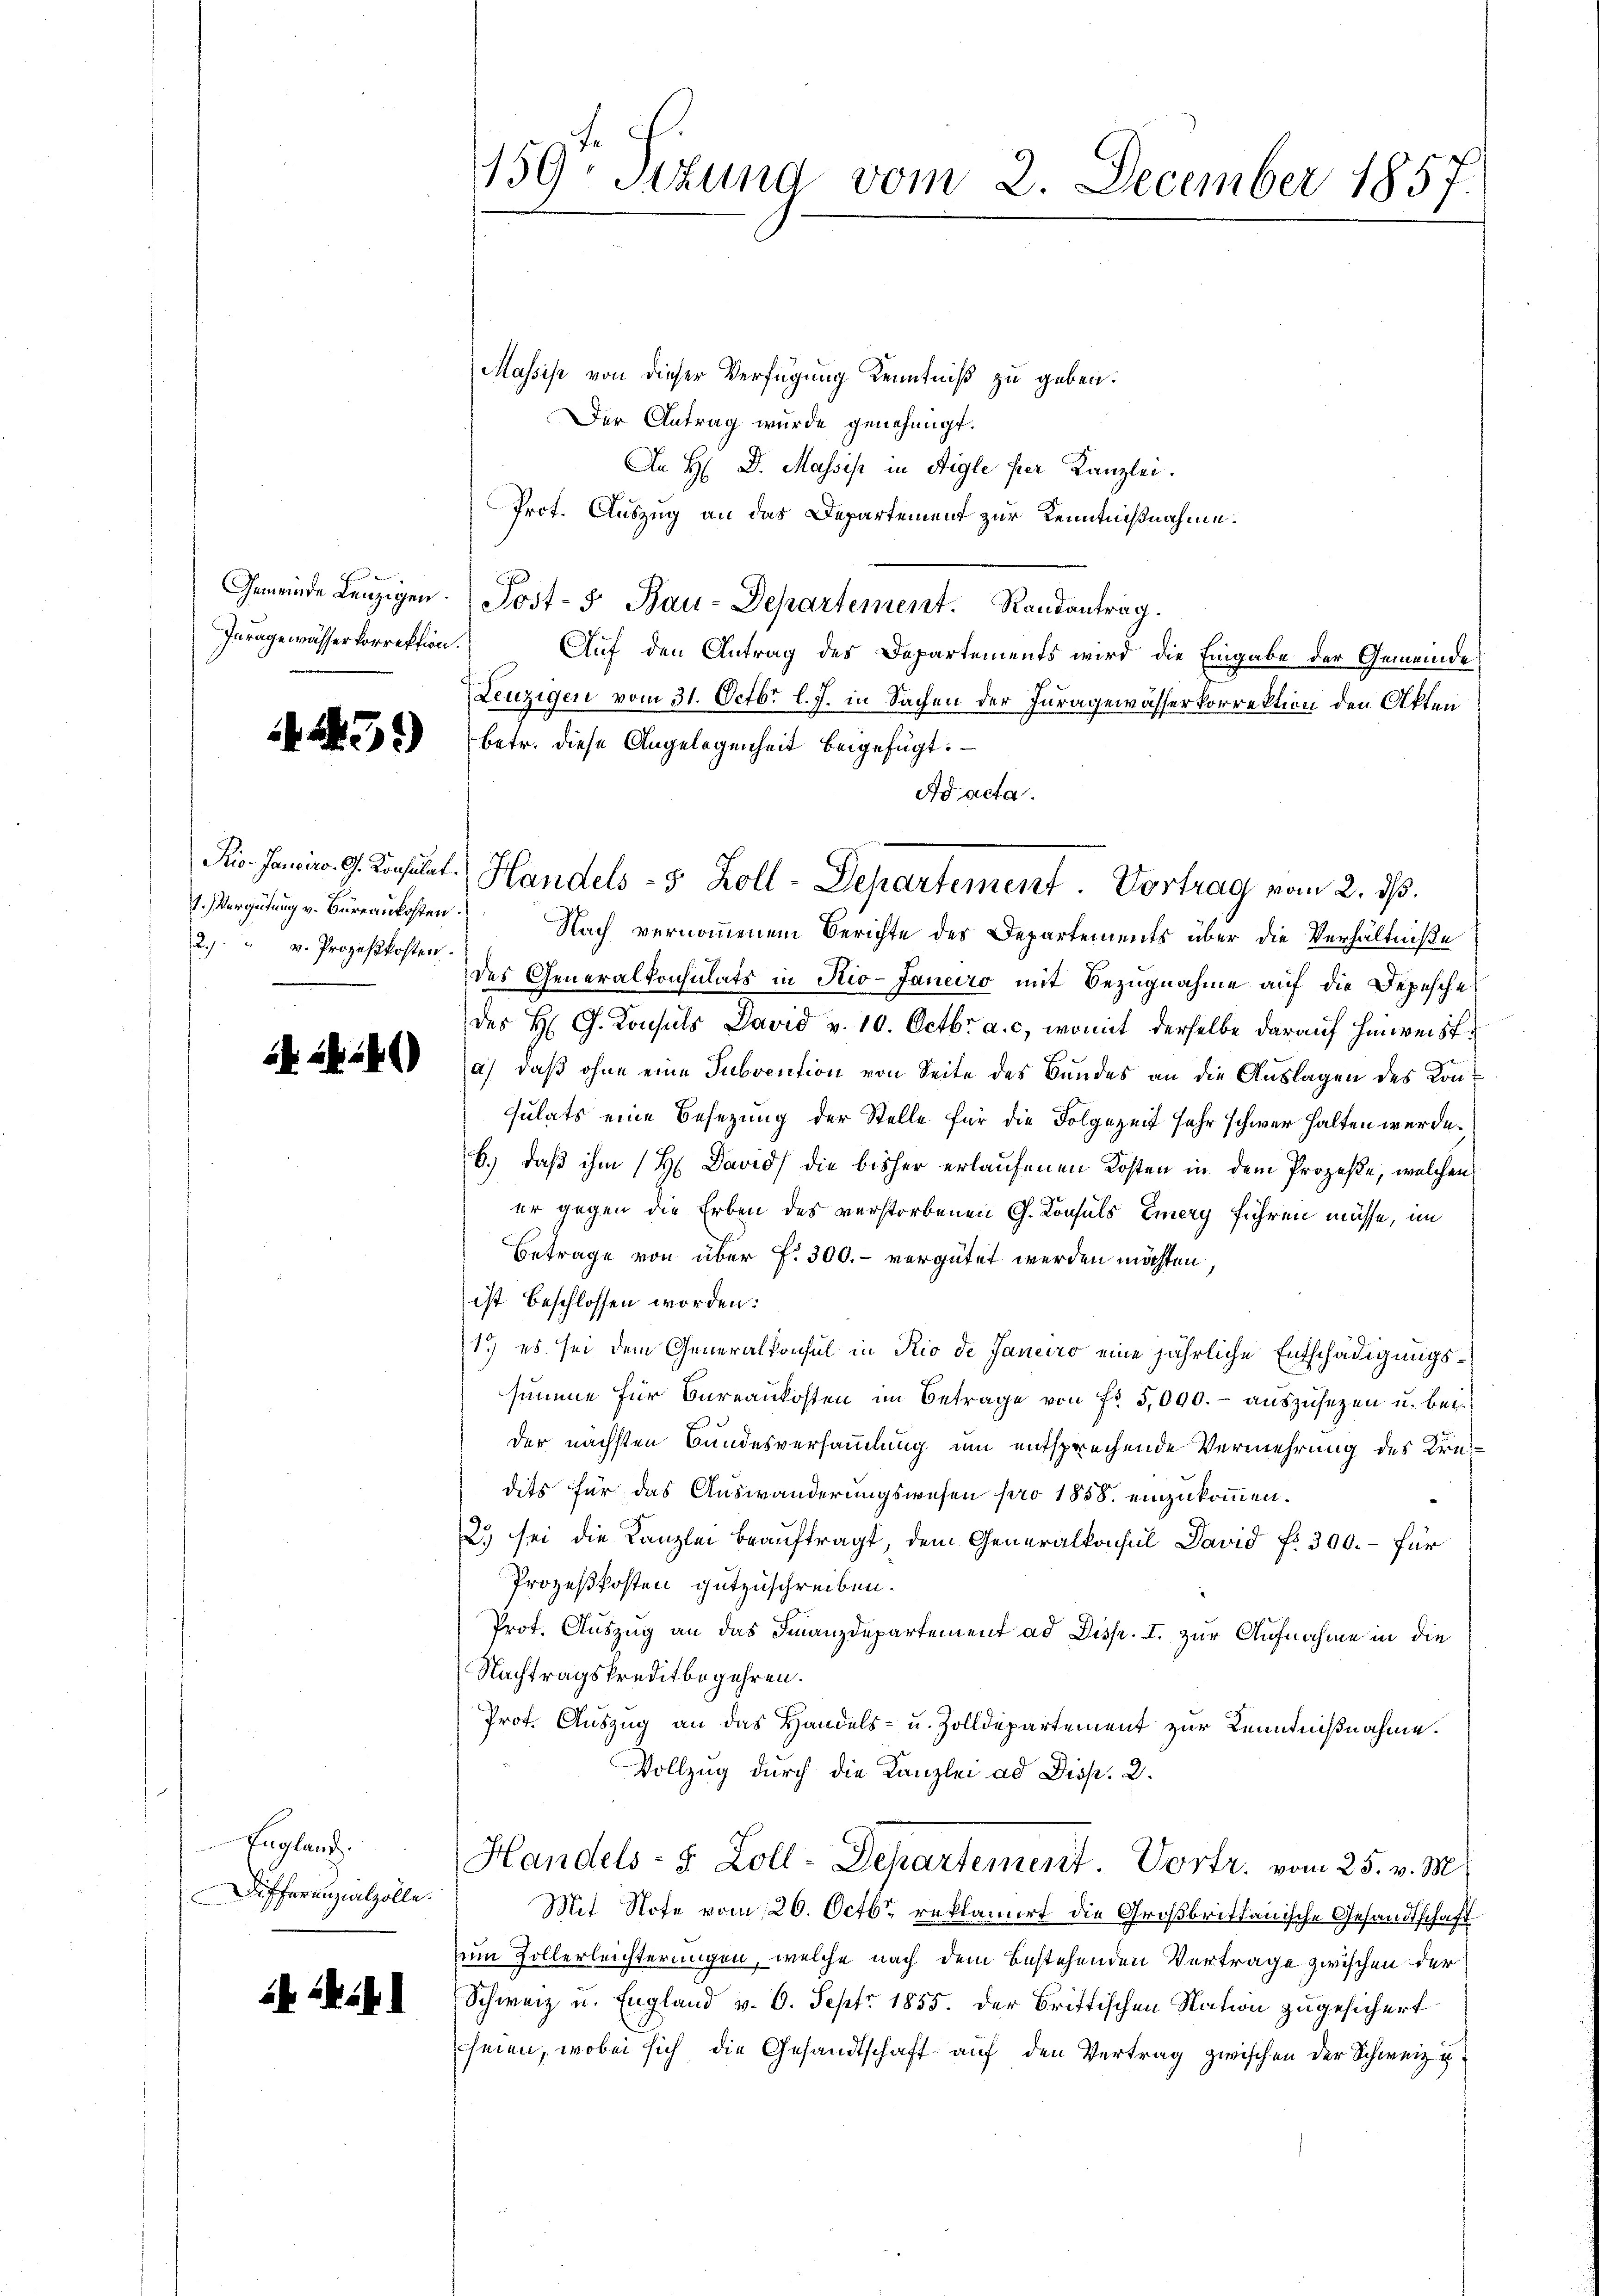
Inragewässerkorrektion.

31)

2. v. Prozeßkosten
e

2. 86. 281)

England.
Differenzialzolle.

. 24

159. Sekund vom 2. December 1857.

Massise von dieser Verfügung Kenntniß zu geben.
Der Antrag wurde genehmigt.
An H. D. Massis in Aigle per Kanzlei.
Prof. Auszug an das Departement zur Kenntnißnahme.
Gemeinde Lenzigen Post-5 Bau-Departement. Randantrag.
Auf den Antrag des Departements wird die Eingabe der Gemeinde
Leuzigen vom 31. Octbr l. J. in Sachen der Juragewässerkorrektion den Akten
betr. diese Angelegenheit beigefügt:
Ad acta.
1. Vergütung v. Bureaukosten Nach vernommenem Berichte des Departements über die Verhältniße
des Generalkonsulats in Rio-Janeiro mit Bezugnahme auf die Depesche
des H. G. Konsuls David v. 10. Octbr. a. c., womit derselbe darauf hinweista) daß ohne eine Subvention von Seite des Bundes an die Auslagen des Konsulats eine Besetzung der Stelle für die Folgezeit sehr schwer halten werde.
b.) daß ihm (H David die bisher erlaufenen Kosten in dem Prozeße, welchen
er gegen die Erben des verstorbenen G. Konsuls Eiery führen müsse, im
Betrage von über f. 300.- vergütet werden möchten,
ist beschlossen worden.
1.) es sei dem Generalkonsul in Rio de Janeiro eine jährliche Entschädigungssumme für Büreaukosten im Betrage von Fr. 5,000.- auszusetzen u. bei
der nächsten Bundesversammlung um entsprechende Vermehrung des Kredits für das Auswanderungswesen pro 1858. einzukommen.
2) sei die Kanzlei beauftragt, dem Generalkonsul David fr. 300.- für
Prozeßkosten gutzuschreiben.
Prot. Auszug an das Finanzdepartement ad Disp. I. zur Aufnahme in die
Nachtragskreditbegehren.
Prot. Auszug an das Handels- u. Zolldepartement zur Kenntnißnahme.
Vollzug durch die Kanzlei ad Disp. 2.
Handels- S. Zoll-Departement. Vortr. vom 25. v. M.
Mit Note vom 26. Octbr. reklamirt die Großbrittanische Gesandtschaft
um Zollerleichterungen, welche nach dem bestehenden Vertrage zwischen der
Schweiz u. England v. 6. Sept. 1855. Der Bristischen Nation zugesichert
seien, wobei sich die Gesandtschaft auf den Vertrag zwischen der Schweiz u

Pio. Janeiro G. Konsent. Handels - 5 Zoll-Departement. Vortrag vom 2. ds.